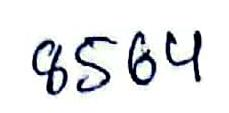
8564